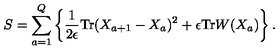
S = \sum _ { a = 1 } ^ { Q } \left\{ \frac { 1 } { 2 \epsilon } \mathrm { T r } ( X _ { a + 1 } - X _ { a } ) ^ { 2 } + \epsilon \mathrm { T r } W ( X _ { a } ) \right\} .